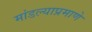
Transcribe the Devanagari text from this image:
मांडल्याप्रमाणे